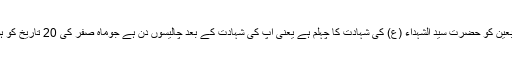
روز اربعین کو حضرت سید الشہداء (ع) کی شہادت کا چہلم ہے یعنی آپؑ کی شہادت کے بعد چالیسوں دن ہے جوماہ صفر کی 20 تاریخ کو ہوتا ہے۔